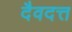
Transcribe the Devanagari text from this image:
दैवदत्त